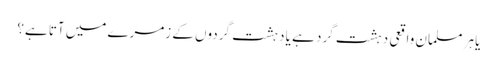
یا ہر مسلمان واقعی دہشت گرد ہے یا دہشت گردوں کے زمرے میں آتا ہے؟